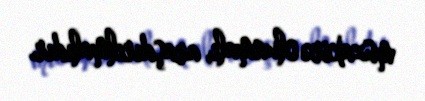
müzakirə olunmalı, araşdırılmalıdır.